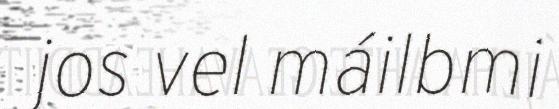
jos vel máilbmi